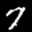
Label: 7